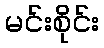
မင်းစိုင်း